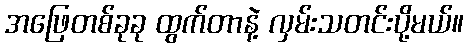
အဖြေတစ်ခုခု ထွက်တာနဲ့ လှမ်းသတင်းပို့မယ်။